Vaccine operations Central Provinces 1868-1885 - 1868-1885
Year: 1868
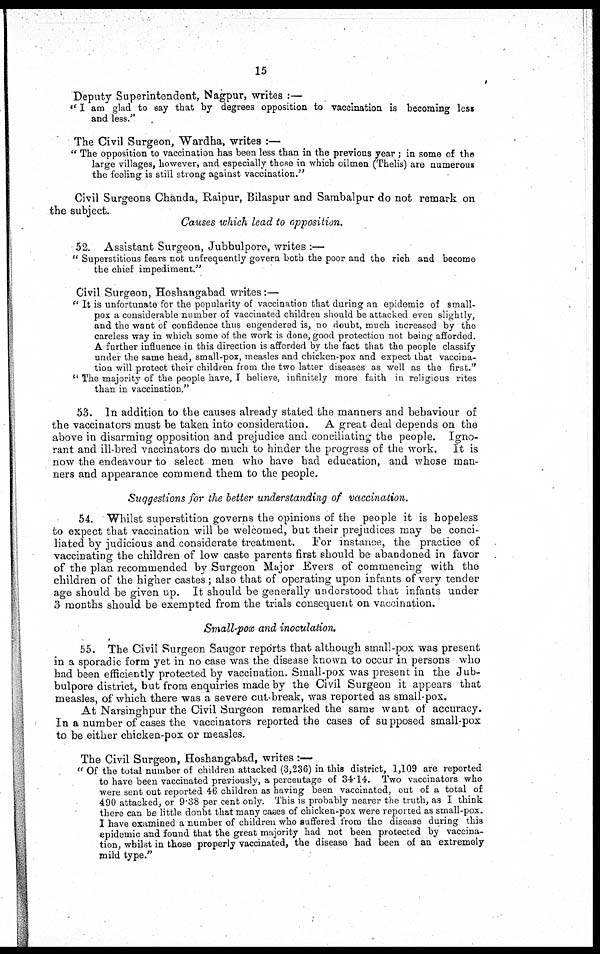
15
Deputy Superintendent, Nagpur, writes :—
" I am glad to say that by degrees opposition to vaccination is becoming less
and less."
The Civil Surgeon, Wardha, writes :—
" The opposition to vaccination has been less than in the previous year ; in some of the
large villages, however, and especially those in which oilmen (Thelis) are numerous
the feeling is still strong against vaccination."
Civil Surgeons Chanda, Raipur, Bilaspur and Sambalpur do not remark on
the subject.
Causes which lead to opposition.
52. Assistant Surgeon, Jubbulpore, writes :—
" Superstitious fears not unfrequently govern both the poor and the rich and become
the chief impediment."
Civil Surgeon, Hoshangabad writes:—
" It is unfortunate for the popularity of vaccination that during an epidemic of small-
pox a considerable number of vaccinated children should be attacked even slightly,
and the want of confidence thus engendered is, no doubt, much increased by the
careless way in which some of the work is done, good protection not being afforded.
A further influence in this direction is afforded by the fact that the people classify
under the same head, small-pox, measles and chicken-pox and expect that vaccina-
tion will protect their children from the two latter diseases as well as the first."
" The majority of the people have, I believe, infinitely more faith in religious rites
than in vaccination."
53. In addition to the causes already stated the manners and behaviour of
the vaccinators must be taken into consideration. A great deal depends on the
above in disarming opposition and prejudice and conciliating the people. Igno-
rant and ill-bred vaccinators do much to hinder the progress of the work. It is
now the endeavour to select men who have had education, and whose man-
ners and appearance commend them to the people.
Suggestions for the better understanding of vaccination.
54. Whilst superstition governs the opinions of the people it is hopeless
to expect that vaccination will be welcomed, but their prejudices may be conci-
liated by judicious and considerate treatment. For instance, the practice of
vaccinating the children of low caste parents first should be abandoned in favor
of the plan recommended by Surgeon Major Evers of commencing with the
children of the higher castes; also that of operating upon infants of very tender
age should be given up. It should be generally understood that infants under
3 months should be exempted from the trials consequent on vaccination.
Small-pox and inoculation.
55. The Civil Surgeon Saugor reports that although small-pox was present
in a sporadic form yet in no case was the disease known to occur in persons who
had been efficiently protected by vaccination. Small-pox was present in the Jub-
bulpore district, but from enquiries made by the Civil Surgeon it appears that
measles, of which there was a severe cut break, was reported as small-pox.
At Narsinghpur the Civil Surgeon remarked the same want of accuracy.
In a number of cases the vaccinators reported the cases of supposed small-pox
to be either chicken-pox or measles.
The Civil Surgeon, Hoshangabad, writes :—
"Of the total number of children attacked (3,236) in this district, 1,109 are reported
to have been vaccinated previously, a percentage of 34.14. Two vaccinators who
were sent out reported 46 children as having been vaccinated, out of a total of
490 attacked, or 9.38 per cent only. This is probably nearer the truth, as I think
there can be little donbt that many cases of chicken-pox were reported as small-pox.
I have examined a number of children who suffered from the disease during this
epidemic and found that the great majority had not been protected by vaccina-
tion, whilst in those properly vaccinated, the disease had been of an extremely
mild type."